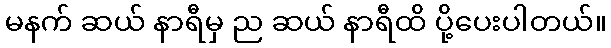
မနက် ဆယ် နာရီမှ ည ဆယ် နာရီထိ ပို့ပေးပါတယ်။